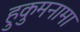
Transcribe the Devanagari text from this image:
हुकुमनामा